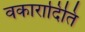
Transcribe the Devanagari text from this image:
वकारादिति